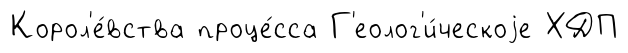
Корол'е́вства проце́сса Г'еолог'и́ческоjе ХДП